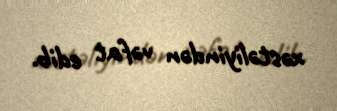
xəstəliyindən vəfat edib.